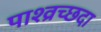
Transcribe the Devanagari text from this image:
पाश्व्रच्छदा